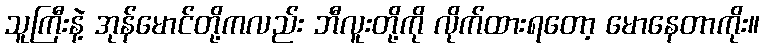
သူကြီးနဲ့ အုန်မောင်တို့ကလည်း ဘီလူးတို့ကို လိုက်ထားရတော့ မောနေတာကိုး။